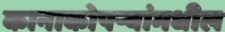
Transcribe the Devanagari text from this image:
कानाकोपर्‍यांमधील